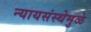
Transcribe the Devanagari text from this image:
न्यायसंस्थेमुळे